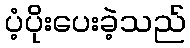
ပံ့ပိုးပေးခဲ့သည်